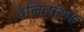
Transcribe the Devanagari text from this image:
दलितांसह